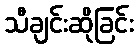
သီချင်းဆိုခြင်း